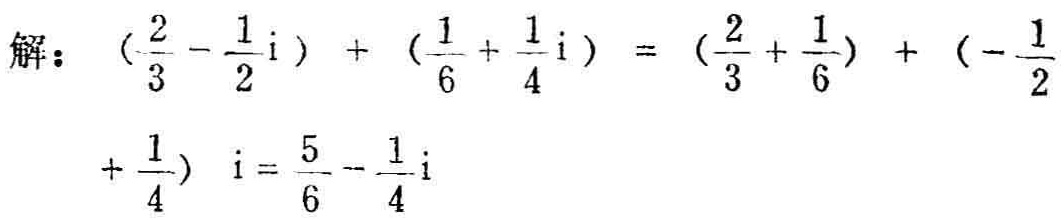
解：\((\frac{2}{3} - \frac{1}{2}i)+(\frac{1}{6}+\frac{1}{4}i)=(\frac{2}{3}+\frac{1}{6})+(-\frac{1}{2}+\frac{1}{4})i=\frac{5}{6}-\frac{1}{4}i\)